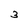
Character: 3